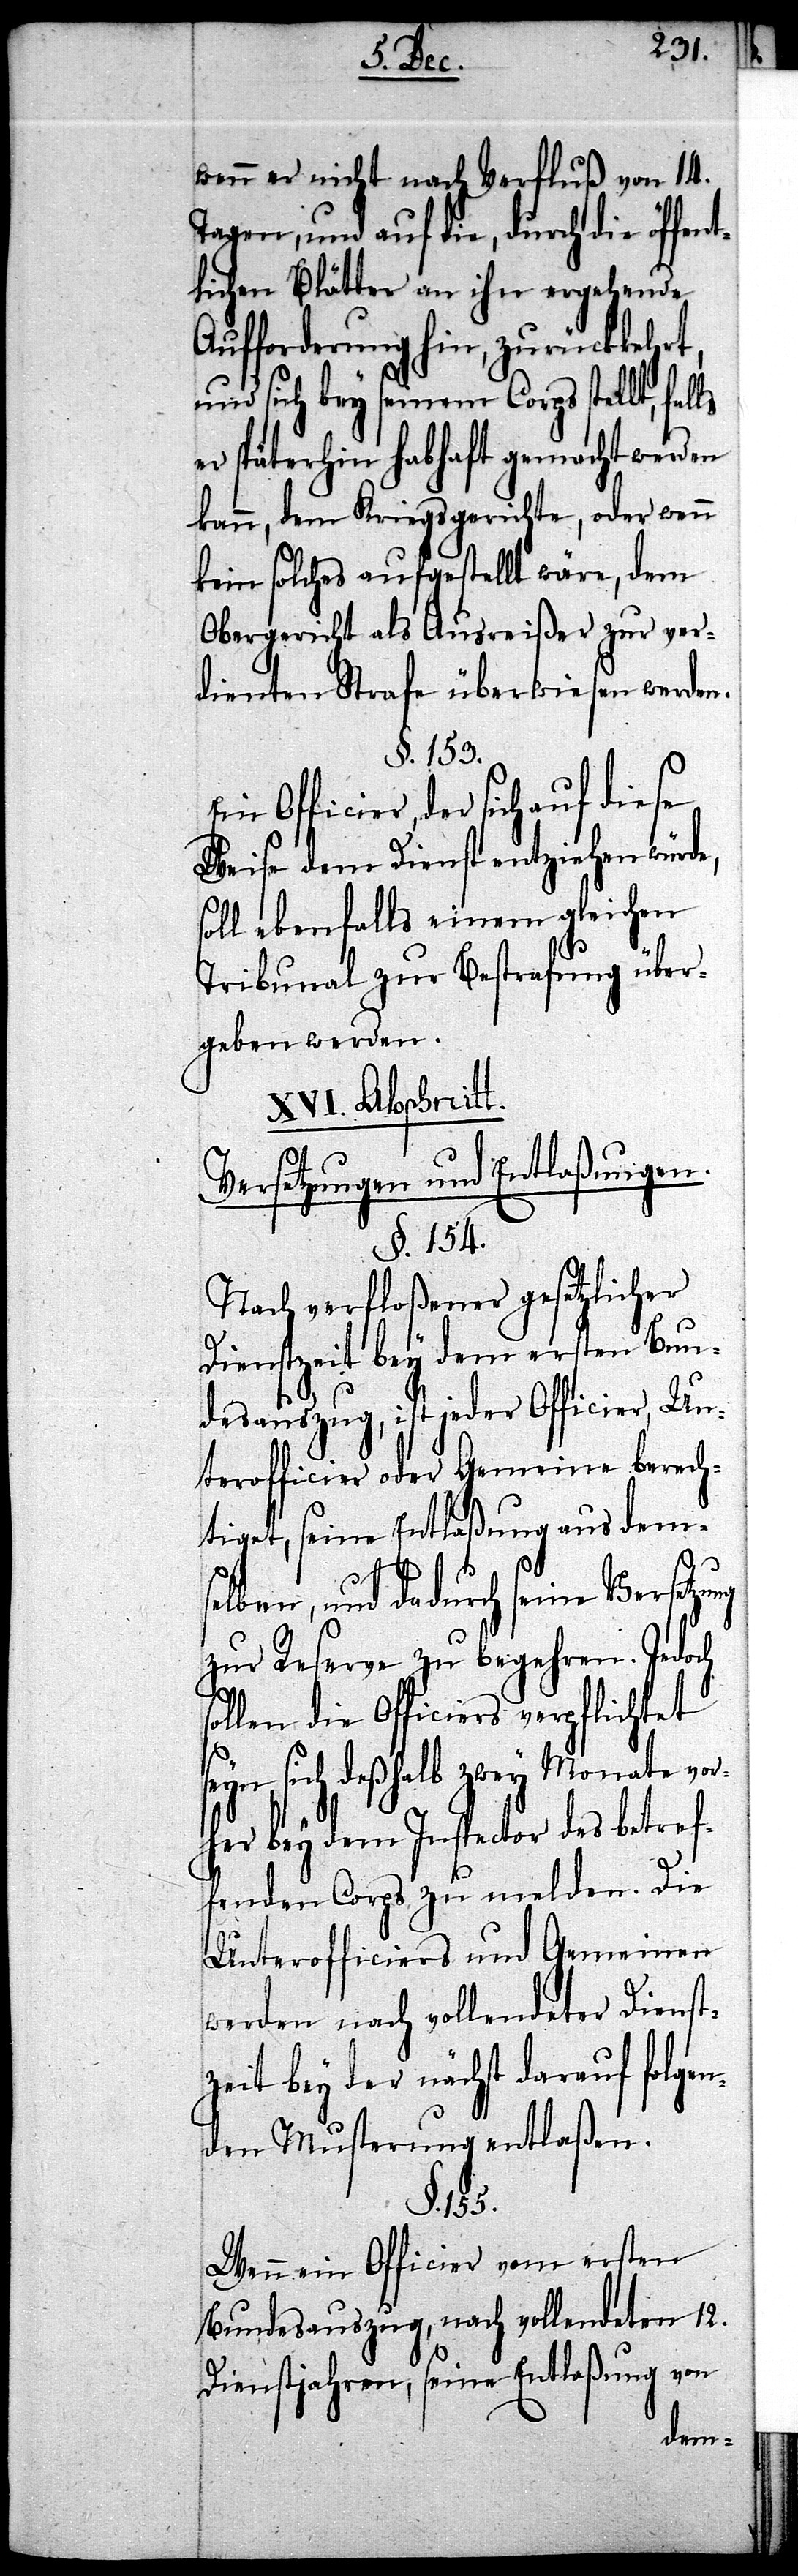
wenn er nicht nach Verfluß von 14.
Tagen, und auf die, durch die öffent¬
lichen Blätter an ihn ergehende
Aufforderung hin, zurückkehrt,
und sich bey seinem Corps stellt, fal¬
er späterhin habhaft gemacht werden
kann, dem Kriegsgerichte, oder wenn
kein solches aufgestellt wäre, dem
Obergericht als Ausreißer zur ver¬
dienten Strafe überwiesen werden.
§. 155.
Officier, der sich auf diese
Weise dem Dienst entziehen würde,
soll ebenfalls einem gleichen
Tribunal zur Bestrafung über¬
geben werden.
XVI. Abschnitt.
Versetzungen und Entlaßungen.
§. 154.
Nach verfloßener gesetzlicher
Dienstzeit bey dem ersten Bun¬
desauszug, ist jeder Officier, Un¬
terofficier oder Gemeine berech¬
tiget, seine Entlaßung aus dem¬
e¬
selben, und dadurch seine Versetzu¬
zur Reserve zu begehren. Jedoch
ollen die Officiers verpflichtet
yn, sich deßhalb zwey Monate vor¬
her bey dem Inspector des betref¬
fenden Corps zu melden. Die
Unterofficiers und Gemeinen
werden nach vollendeter Dienst¬
zeit bey der nächst darauf folgen¬
den Musterung entlaßen.
Wenn ein Officier vom ersten
Bundesauszug, nach vollendeten 12.
Dienstjahren, seine Entlaßung von